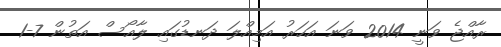
ރާއްޖެ ވަނީ 2014 ވަނަ އަހަރު އަމިއްލަ ދަނޑުގައި ލާއޯސް އަތުން 7-1